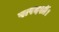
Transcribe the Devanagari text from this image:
पारदर्शी।